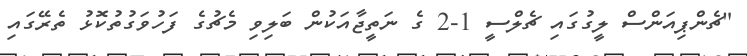
"ޗެންޕިއަންސް ލީގުގައި ޗެލްސީ 1-2 ގެ ނަތީޖާއަކުން ބަލިވި މެޗުގެ ފަހުވަގުތުކޮޅު ތެރޭގައި